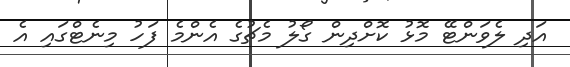
އަދި ލެވަންޓޭ މޮޅު ކޮށްދިން ގޯލު މެޗުގެ އެންމެ ފަހު މިނެޓްގައި އެ